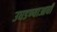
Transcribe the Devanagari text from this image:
उघडण्याआधी